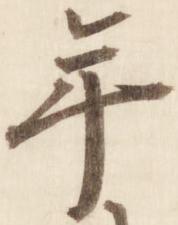
年